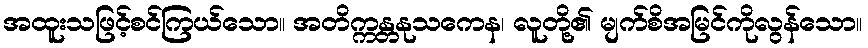
အထူးသဖြင့်စင်ကြယ်သော။ အတိက္ကန္တနုသကေန၊ လူတို့၏ မျက်စိအမြင်ကိုလွန်သော။